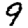
Digit: 9